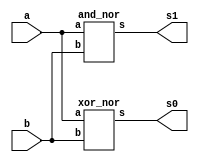
// ---------------------
// Guia 03_04 - Half Adder with NOR gate
// Nome: Alyson Deives
// ---------------------

// -------------------------------
// -- half adder with NOR gate
// -------------------------------

module halfadder_nor (s0, s1, a, b);
 output s0,s1;
 input  a, b;
 
  xor_nor XOR1 (s0,a,b);
  and_nor AND1 (s1,a,b);

endmodule // halfadder_nor

// ---------------------
// -- xor with NOR gate
// ---------------------

module xor_nor (s, a, b);
 output s;
 input  a, b;
 wire temp1,temp2,temp3,temp4,temp5,temp6;
 
  nor NOR1 (temp1,b,b);
  nor NOR2 (temp2,a,a);
  nor NOR3 (temp3,a,temp1);
  nor NOR4 (temp4,b,temp2);
  nor NOR5 (temp5, temp3, temp4); 
  nor NOR6 (s, temp5, temp5); 
  
endmodule // xor_nor


// ---------------------
// -- and with NOR gate
// ---------------------

module and_nor (s, a, b);
 output s;
 input  a, b;
 wire temp1,temp2;
 
  nor NOR1 (temp1,a,a);
  nor NOR2 (temp2,b,b);
  nor NOR3 (s, temp1,temp2);

endmodule // and_nor

// -----------------------------
// -- test halfadder_with_nor
// -----------------------------

module testhalfadder_nor;
 reg   a,b;
 wire  s0,s1;
          
// instancia
 halfadder_nor HA1 (s0,s1,a,b);
 
 initial begin:start
      a=0; b=0;
 end
 
 // parte principal
 initial begin:main
      $display("Guia 03_04 - Alyson Deives - 416589");
      $display("HALF ADDER com portas NOR\n");
		$display("\nA + B = S\n");
      $monitor("%b + %b = %b%b", a, b, s1,s0);
  #1  a=0; b=1;
  #1  a=1; b=0;
  #1  a=1; b=1;
  end

endmodule // testhalfadder_nor